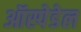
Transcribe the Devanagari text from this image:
ऑस्पेडेल